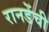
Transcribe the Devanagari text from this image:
रानडेंची